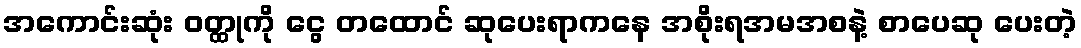
အကောင်းဆုံး ဝတ္ထုကို ငွေ တထောင် ဆုပေးရာကနေ အစိုးရအမအစနဲ့ စာပေဆု ပေးတဲ့